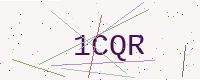
Text: 1CQR